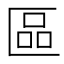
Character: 區